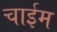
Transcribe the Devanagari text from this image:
चाईम